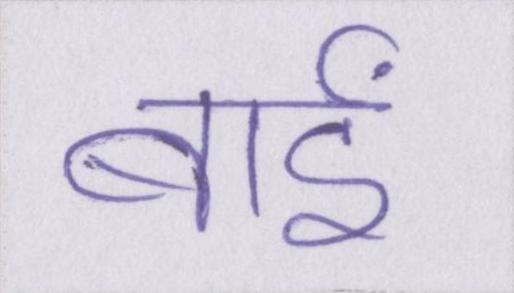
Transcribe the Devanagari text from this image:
बाईं